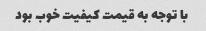
با توجه به قیمت کیفیت خوب بود